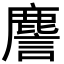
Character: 䴦